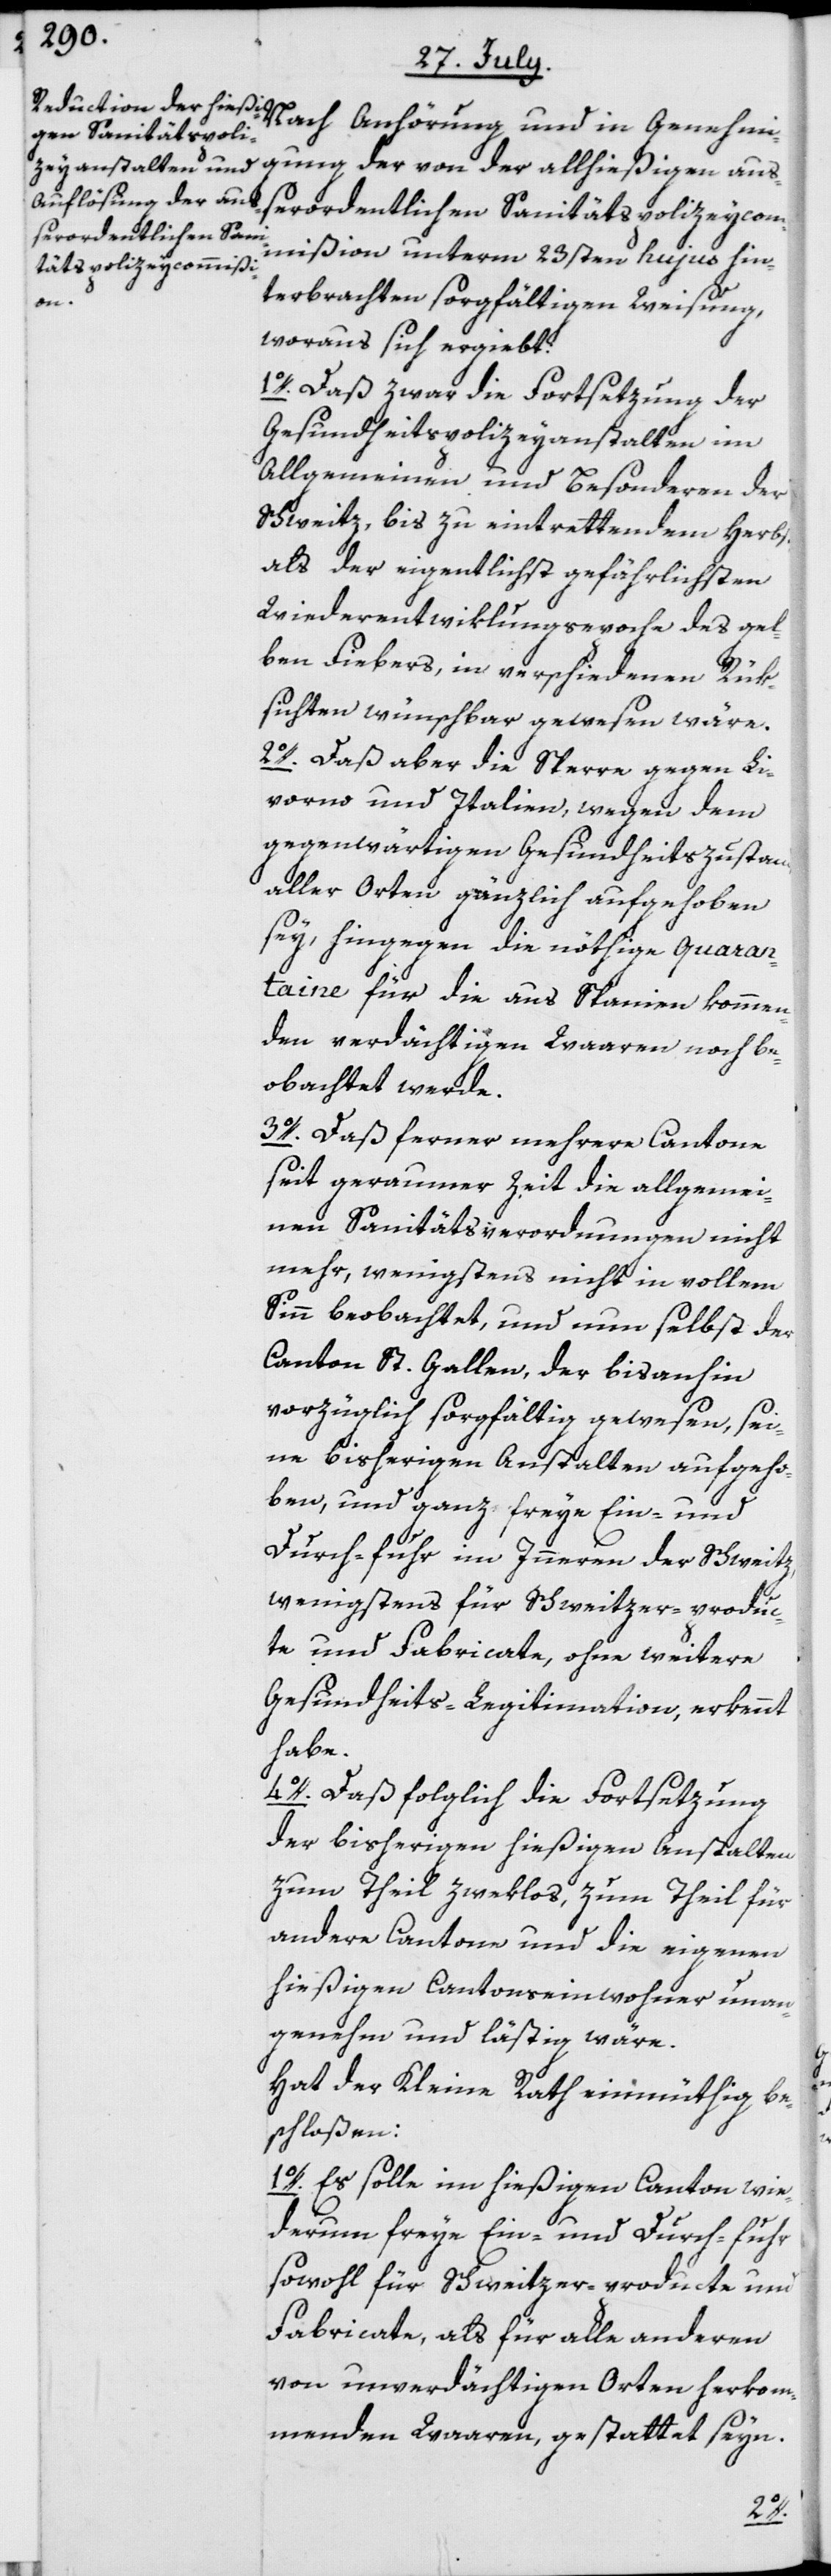
Nach Anhörung und in Genehmi¬
gung der von der allhießigen auß¬
erordentlichen Sanitätspolizeycom¬
mißion unterm 23sten hujus hin¬
terbrachten sorgfältigen Weisung,
woraus sich ergiebt:
1o. Daß zwar die Fortsetzung der
Gesundheitspolizeyanstalten im
Allgemeinen und Besonderen der
Schweitz, bis zu eintrettendem Herbst,
als der eigentlichst gefährlichsten
Wiederentwiklungsepoche des gel¬
ben Fiebers, in verschiedenen Rük¬
sichten wünschbar gewesen wäre.
2o. Daß aber die Sperre gegen Li¬
vorno und Italien, wegen dem
gegenwärtigen Gesundheitszustand
aller Orten gänzlich aufgehoben
sey, hingegen die nöthige Quaran¬
taine für die aus Spanien kommen¬
den verdächtigen Waaren noch be¬
obachtet werde.
3o. Daß ferner mehrere Cantone
seit geraumer Zeit die allgemei¬
nen Sanitätsverordnungen nicht
mehr, wenigstens nicht in vollem
Sinn beobachtet, und nun selbst der
Canton St. Gallen, der bisanhin
vorzüglich sorgfältig gewesen, sei¬
ne bisherigen Anstalten aufgeho¬
ben, und ganz freye Ein- und
Durch-fuhr im Inneren der Schweitz,
wenigstens für Schweitzer-produc¬
te und Fabricate, ohne weitere
Gesundheits-Legitimation, erkennt
habe.
4o. Daß folglich die Fortsetzung
der bisherigen hießigen Anstalten
zum Theil zweklos, zum Theil für
andere Cantone und die eigenen
hießigen Cantonseinwohner unan¬
genehm und lästig wäre.
Hat der Kleine Rath einmüthig be¬
schloßen:
1º. Es solle im hießigen Canton wie¬
derum freye Ein- und Durch-fuhr
sowohl für Schweitzer-producte und
Fabricate, als für alle anderen
von unverdächtigen Orten herkom¬
menden Waaren, gestattet seyn.